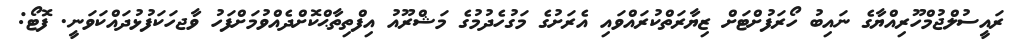
ރައީސުލްޖުމްހޫރިއްޔާގެ ނައިބު ހޯރަފުށްޓަށް ޒިޔާރަތްކުރައްވައި އެރަށުގެ މަގުހެދުމުގެ މަޝްރޫއު އިފްތިތާޙްކޮށްދެއްވުމަށްފަހު ވާޖހަކަފުޅުދައްކަވަނީ. ފޮޓޯ: